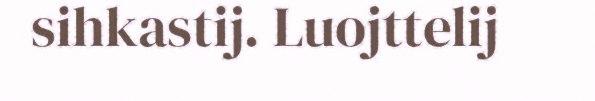
sihkastij. Luojttelij